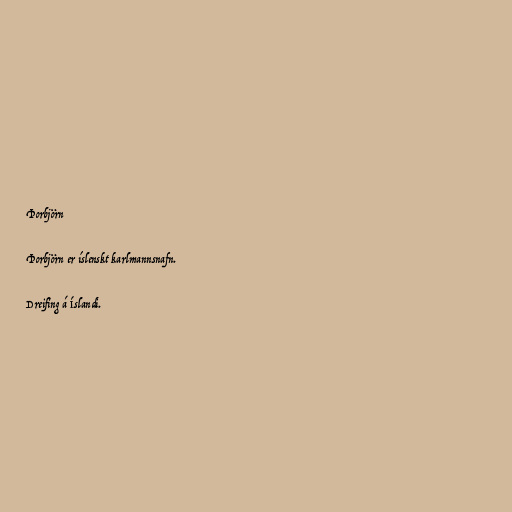
Þorbjörn

Þorbjörn er íslenskt karlmannsnafn.

Dreifing á Íslandi.